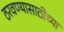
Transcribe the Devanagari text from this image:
ठरवण्यासाठीच्या